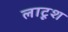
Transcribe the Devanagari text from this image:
लाटूश